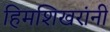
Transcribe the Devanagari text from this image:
हिमशिखरांनी